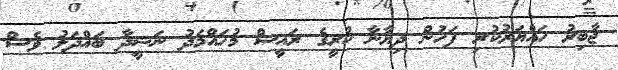
ޖާބިރު ހައްޔަރުކުރި ފަހުން ދިޔާނާ ކުރީގެ ރައީސް މުހައްމަދު ނަޝީދާ ބައްދަލު ވެސް